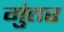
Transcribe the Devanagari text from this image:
गुंतर